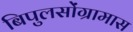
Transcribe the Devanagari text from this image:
बिपुलसोंग्रामास